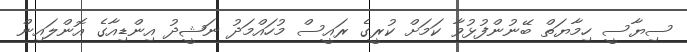
ސިޔާސީ ހިމާޔަތް ބޭނުންފުޅުވާ ކަމަށް ކުރީގެ ރައީސް މުހައްމަދު ނަޝީދު އިންޑިއާގެ އޮންލައިން